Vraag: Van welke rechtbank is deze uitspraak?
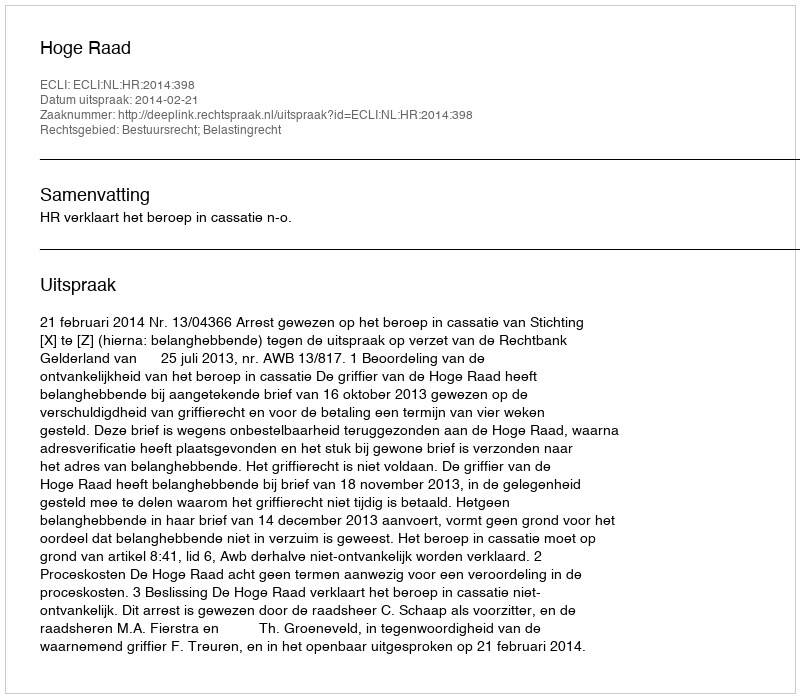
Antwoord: Hoge Raad